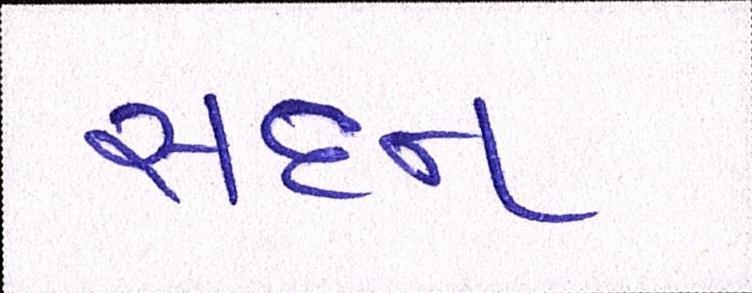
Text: સદન